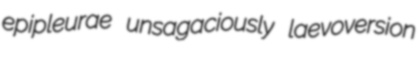
epipleurae unsagaciously laevoversion